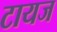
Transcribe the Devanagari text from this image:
टायज